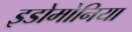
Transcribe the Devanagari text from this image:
इडोमोनिया